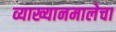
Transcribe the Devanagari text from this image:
व्याख्यानमालेचा